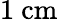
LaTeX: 1~\mathrm{cm}